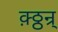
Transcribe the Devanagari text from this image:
क़्ठ्ठन्र्